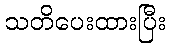
သတိပေးထားပြီး